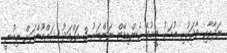
ނަދާއާއި ވާދަކުރި އުމަރު ޓީމުގެ ކެންޑިޑޭޓް ނަންބަރު 3 އަހްމަދު ޝައްމޫންއަށް ލިބުނީ